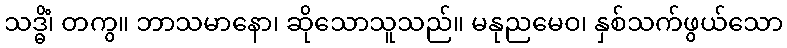
သဒ္ဓိံ၊ တကွ။ ဘာသမာနော၊ ဆိုသောသူသည်။ မနုညမေဝ၊ နှစ်သက်ဖွယ်သော